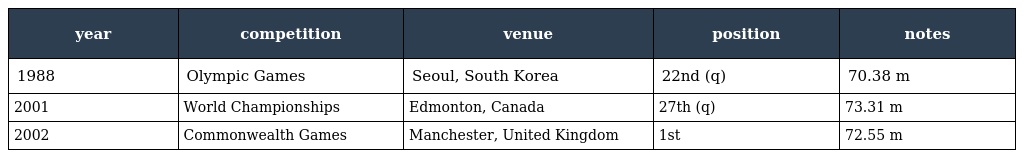
| year | competition | venue | position | notes |
 | --- | --- | --- | --- | --- |
 | 1988 | Olympic Games | Seoul, South Korea | 22nd (q) | 70.38 m |
 | 2001 | World Championships | Edmonton, Canada | 27th (q) | 73.31 m |
 | 2002 | Commonwealth Games | Manchester, United Kingdom | 1st | 72.55 m |